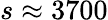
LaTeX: s\approx 3700